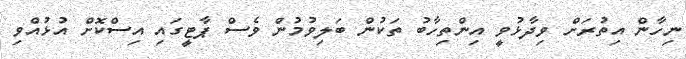
ނިހާން އިތުރަށް ވިދާޅުވީ އިންތިހާބު ތަކުން ބަލިވުމުން ވެސް ޕާޓީގައި އިސްކޮށް އުޅުއްވި